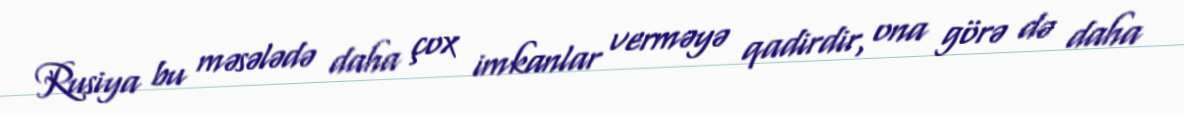
Rusiya bu məsələdə daha çox imkanlar verməyə qadirdir, ona görə də daha